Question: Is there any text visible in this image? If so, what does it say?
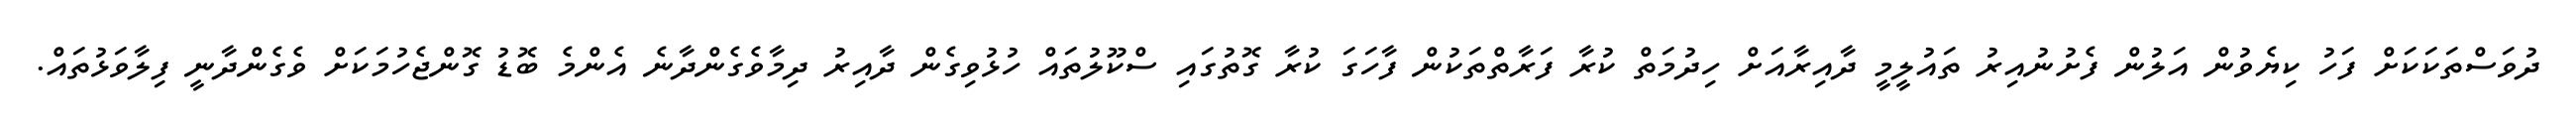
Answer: ދުވަސްތަކަކަށް ފަހު ކިޔެވުން އަލުން ފެށުނުއިރު ތައުލީމީ ދާއިރާއަށް ހިދުމަތް ކުރާ ފަރާތްތަކުން ފާހަގަ ކުރާ ގޮތުގައި ސްކޫލުތައް ހުޅުވިގެން ދާއިރު ދިމާވެގެންދާނެ އެންމެ ބޮޑު ގޮންޖެހުމަކަށް ވެގެންދާނީ ފިލާވަޅުތައް.